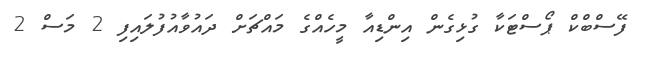
ފޭސްބްކް ޕޯސްޓަކާ ގުޅިގެން އިންޑިއާ މީހެއްގެ މައްޗަށް ދައުވާއުފުލައިފި 2 މަސް 2